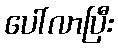
ပေါ်လာပြီး